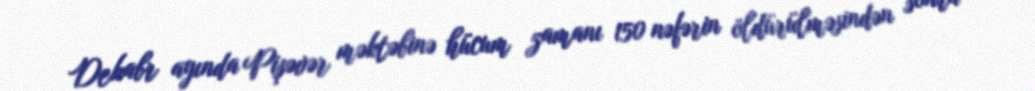
Dekabr ayında Pişəvər məktəbinə hücum zamanı 150 nəfərin öldürülməsindən sonra